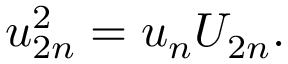
u _ { 2 n } ^ { 2 } = u _ { n } U _ { 2 n } .